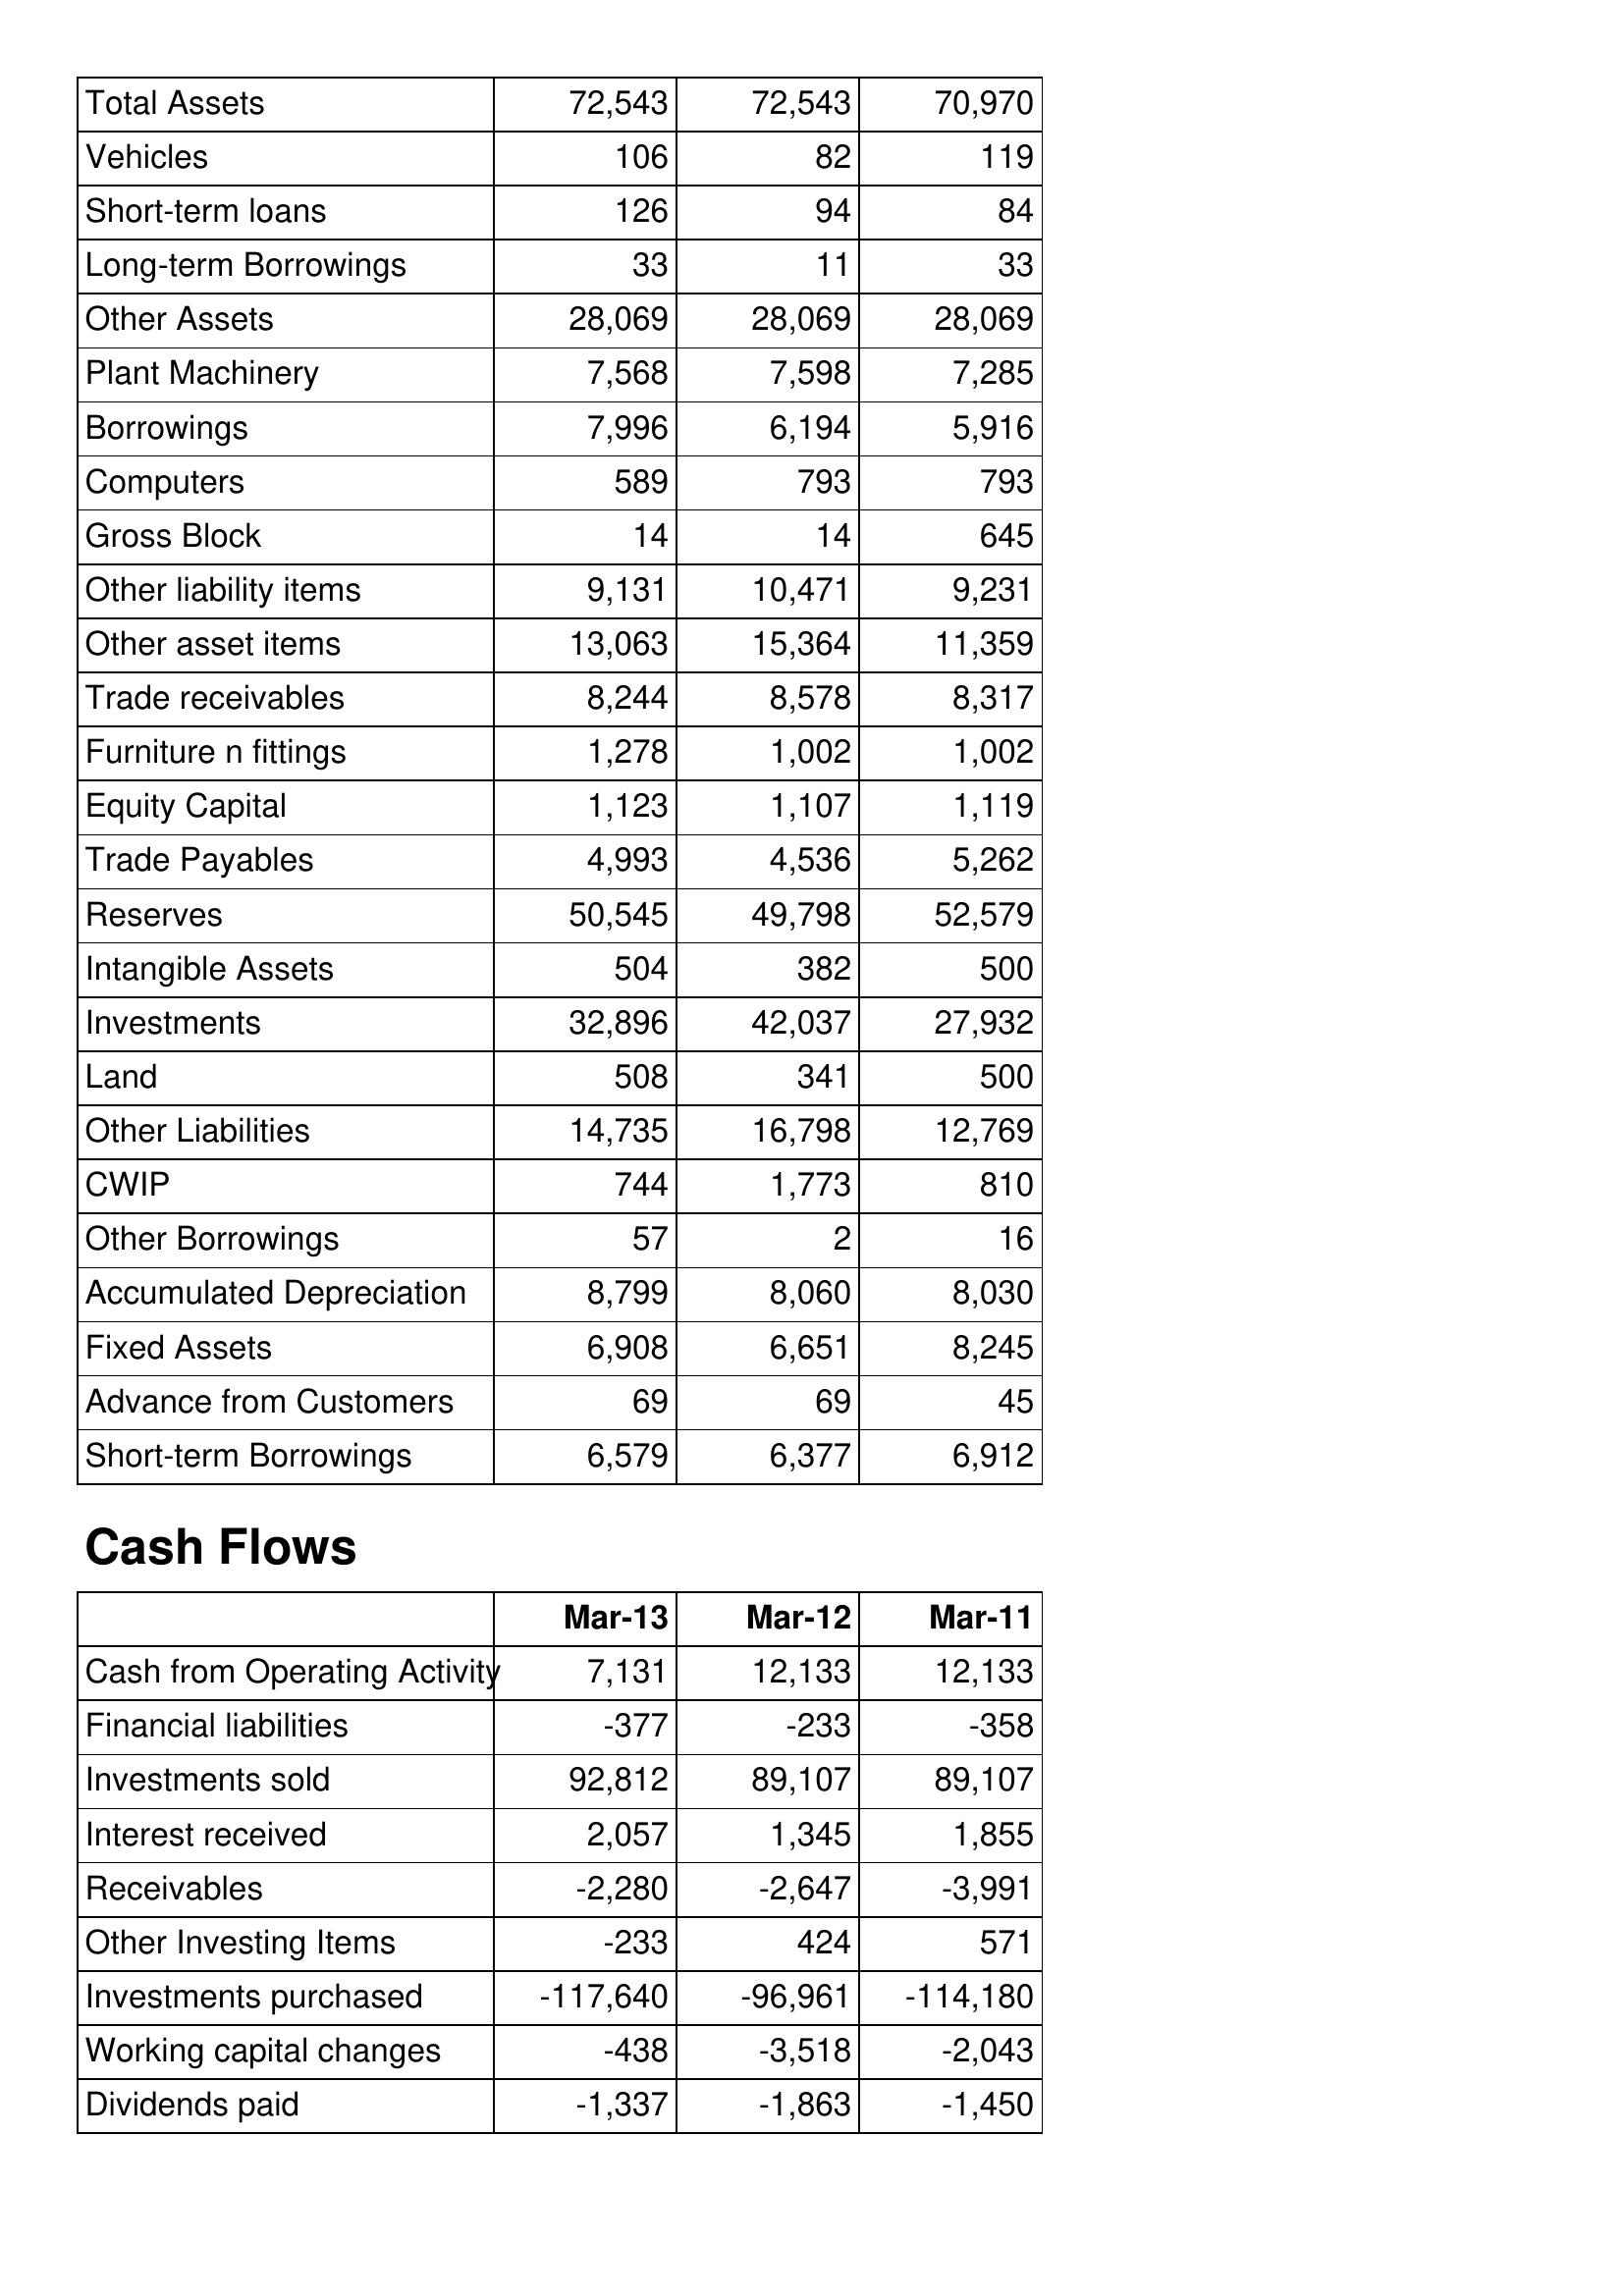
Mar-13: Balance Sheet: Total Assets: 72,543
Vehicles: 106
Short-term loans: 126
Long-term Borrowings: 33
Other Assets: 28,069
Plant Machinery: 7,568
Borrowings: 7,996
Computers: 589
Gross Block: 14
Other liability items: 9,131
Other asset items: 13,063
Trade receivables: 8,244
Furniture n fittings: 1,278
Equity Capital: 1,123
Trade Payables: 4,993
Reserves: 50,545
Intangible Assets: 504
Investments: 32,896
Land: 508
Other Liabilities: 14,735
CWIP: 744
Other Borrowings: 57
Accumulated Depreciation: 8,799
Fixed Assets: 6,908
Advance from Customers: 69
Short-term Borrowings: 6,579
Cash Flows: Cash from Operating Activity: 7,131
Financial liabilities: -377
Investments sold: 92,812
Interest received: 2,057
Receivables: -2,280
Other Investing Items: -233
Investments purchased: -117,640
Working capital changes: -438
Dividends paid: -1,337
Mar-12: Balance Sheet: Total Assets: 72,543
Vehicles: 82
Short-term loans: 94
Long-term Borrowings: 11
Other Assets: 28,069
Plant Machinery: 7,598
Borrowings: 6,194
Computers: 793
Gross Block: 14
Other liability items: 10,471
Other asset items: 15,364
Trade receivables: 8,578
Furniture n fittings: 1,002
Equity Capital: 1,107
Trade Payables: 4,536
Reserves: 49,798
Intangible Assets: 382
Investments: 42,037
Land: 341
Other Liabilities: 16,798
CWIP: 1,773
Other Borrowings: 2
Accumulated Depreciation: 8,060
Fixed Assets: 6,651
Advance from Customers: 69
Short-term Borrowings: 6,377
Cash Flows: Cash from Operating Activity: 12,133
Financial liabilities: -233
Investments sold: 89,107
Interest received: 1,345
Receivables: -2,647
Other Investing Items: 424
Investments purchased: -96,961
Working capital changes: -3,518
Dividends paid: -1,863
Mar-11: Balance Sheet: Total Assets: 70,970
Vehicles: 119
Short-term loans: 84
Long-term Borrowings: 33
Other Assets: 28,069
Plant Machinery: 7,285
Borrowings: 5,916
Computers: 793
Gross Block: 645
Other liability items: 9,231
Other asset items: 11,359
Trade receivables: 8,317
Furniture n fittings: 1,002
Equity Capital: 1,119
Trade Payables: 5,262
Reserves: 52,579
Intangible Assets: 500
Investments: 27,932
Land: 500
Other Liabilities: 12,769
CWIP: 810
Other Borrowings: 16
Accumulated Depreciation: 8,030
Fixed Assets: 8,245
Advance from Customers: 45
Short-term Borrowings: 6,912
Cash Flows: Cash from Operating Activity: 12,133
Financial liabilities: -358
Investments sold: 89,107
Interest received: 1,855
Receivables: -3,991
Other Investing Items: 571
Investments purchased: -114,180
Working capital changes: -2,043
Dividends paid: -1,450